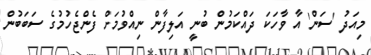
މިއަދު 'ސަން' އާ ވާހަކަ ދައްކަމުން ބުނީ އަލިފާން ނިއްވުމަށް ފެންޖެހުމުގެ ސަބަބުން